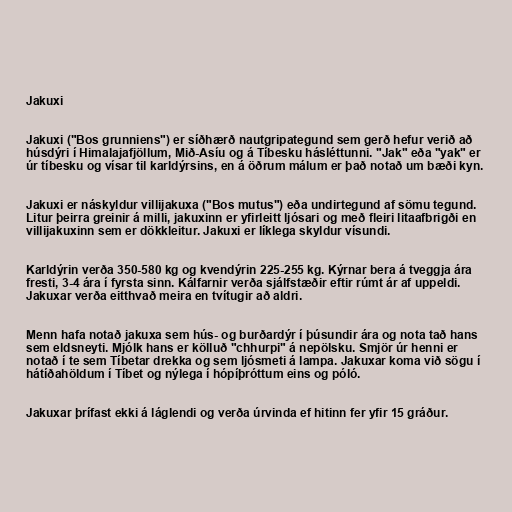
Jakuxi

Jakuxi ("Bos grunniens") er síðhærð nautgripategund sem gerð hefur verið að
húsdýri í Himalajafjöllum, Mið-Asíu og á Tíbesku hásléttunni. "Jak" eða "yak" er
úr tíbesku og vísar til karldýrsins, en á öðrum málum er það notað um bæði kyn.

Jakuxi er náskyldur villijakuxa ("Bos mutus") eða undirtegund af sömu tegund.
Litur þeirra greinir á milli, jakuxinn er yfirleitt ljósari og með fleiri litaafbrigði en
villijakuxinn sem er dökkleitur. Jakuxi er líklega skyldur vísundi.

Karldýrin verða 350-580 kg og kvendýrin 225-255 kg. Kýrnar bera á tveggja ára
fresti, 3-4 ára í fyrsta sinn. Kálfarnir verða sjálfstæðir eftir rúmt ár af uppeldi.
Jakuxar verða eitthvað meira en tvítugir að aldri.

Menn hafa notað jakuxa sem hús- og burðardýr í þúsundir ára og nota tað hans
sem eldsneyti. Mjólk hans er kölluð "chhurpi" á nepölsku. Smjör úr henni er
notað í te sem Tíbetar drekka og sem ljósmeti á lampa. Jakuxar koma við sögu í
hátíðahöldum í Tíbet og nýlega í hópíþróttum eins og póló.

Jakuxar þrífast ekki á láglendi og verða úrvinda ef hitinn fer yfir 15 gráður.